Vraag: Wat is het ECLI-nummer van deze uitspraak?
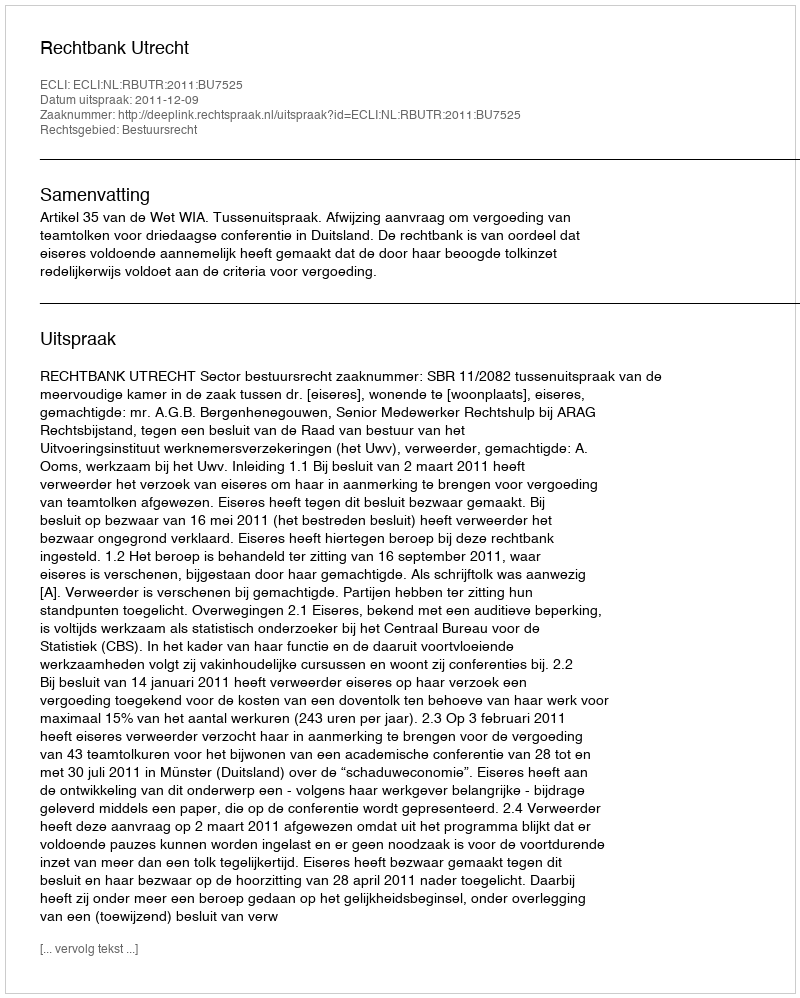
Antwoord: ECLI:NL:RBUTR:2011:BU7525